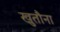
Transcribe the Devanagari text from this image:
खुतौना